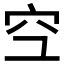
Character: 𫞹